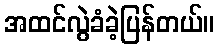
အထင်လွဲခံခဲ့ပြန်တယ်။